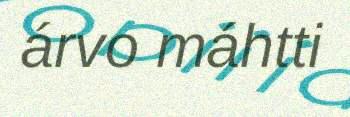
árvo máhtti